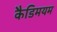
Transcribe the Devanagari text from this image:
कैडिमयम